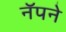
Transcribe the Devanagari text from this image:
नॅपने